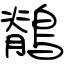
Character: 鶺